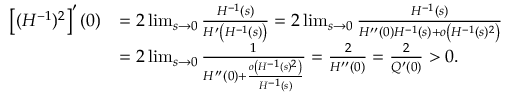
\begin{array} { r l } { \left[ ( H ^ { - 1 } ) ^ { 2 } \right] ^ { \prime } ( 0 ) } & { = 2 \operatorname* { l i m } _ { s \to 0 } \frac { H ^ { - 1 } ( s ) } { H ^ { \prime } \left( H ^ { - 1 } ( s ) \right) } = 2 \operatorname* { l i m } _ { s \to 0 } \frac { H ^ { - 1 } ( s ) } { H ^ { \prime \prime } ( 0 ) H ^ { - 1 } ( s ) + o \left( H ^ { - 1 } ( s ) ^ { 2 } \right) } } \\ & { = 2 \operatorname* { l i m } _ { s \to 0 } \frac { 1 } { H ^ { \prime \prime } ( 0 ) + \frac { o \left( H ^ { - 1 } ( s ) ^ { 2 } \right) } { H ^ { - 1 } ( s ) } } = \frac { 2 } { H ^ { \prime \prime } ( 0 ) } = \frac { 2 } { Q ^ { \prime } ( 0 ) } > 0 . } \end{array}